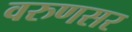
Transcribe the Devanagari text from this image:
वरुणसर